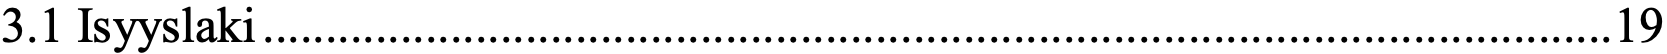
3.1 Isyyslaki ............................................................................................................ 19